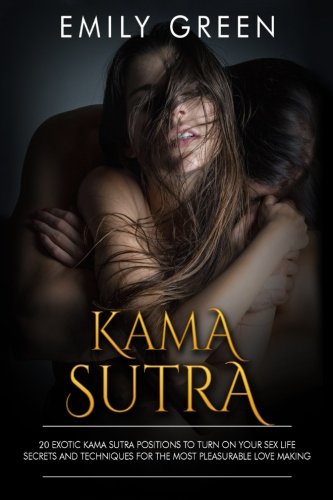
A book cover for Kama Sutra: 20 Exotic Kama Sutra Sex Positions To Turn On Your Sex Life (kama sutra, ama sutra sex positions, kama sutra with pictures, kama sutra illustrated, sex positions guide); Emily Green; Religion & Spirituality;